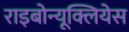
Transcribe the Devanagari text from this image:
राइबोन्यूक्लियेस